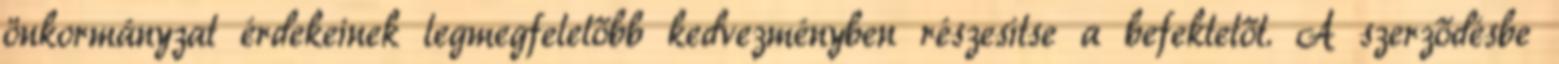
önkormányzat érdekeinek legmegfelelőbb kedvezményben részesítse a befektetőt. A szerződésbe